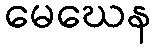
မေဃေန